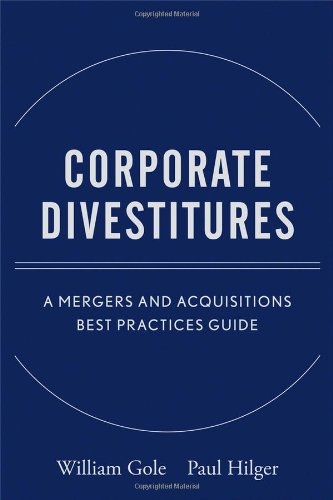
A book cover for Corporate Divestitures: A Mergers and Acquisitions Best Practices Guide; William J. Gole; Business & Money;